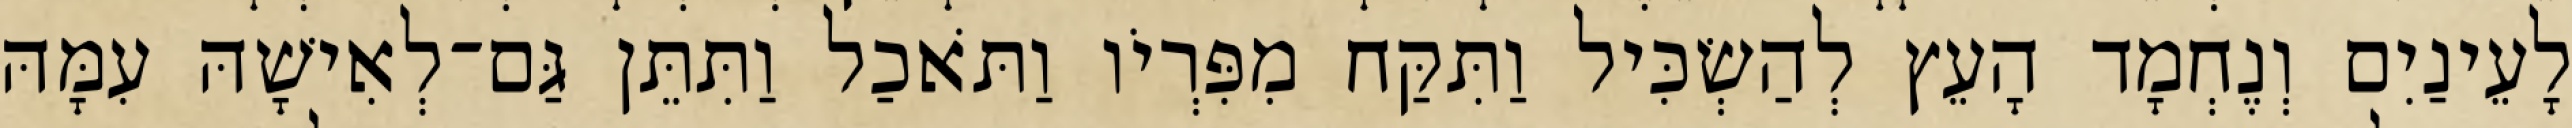
לָעֵינַיִם וְנֶחְמָד הָעֵץ לְהַשְׂכִּיל וַתִּקַּח מִפִּרְיֹו וַתֹּאכַל וַתִּתֵּן גַּם־לְאִישָׁהּ עִמָּהּ